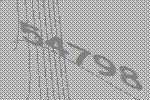
54798